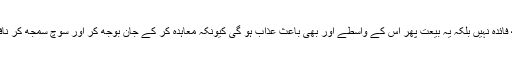
اگر یہ نہیں تو پھر بیعت سے کچھ فائدہ نہیں بلکہ یہ بیعت پھر اس کے واسطے اور بھی باعثِ عذاب ہو گی کیونکہ معاہدہ کر کے جان بوجھ کر اور سوچ سمجھ کر نافرمانی کرنا سخت خطرناک ہے‘‘۔